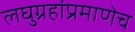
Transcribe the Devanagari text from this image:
लघुग्रहांप्रमाणेच